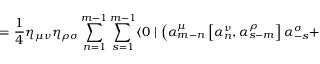
\; \; \; = \frac { 1 } { 4 } { \eta } _ { \mu \nu } { \eta } _ { \rho \sigma } \sum _ { n = 1 } ^ { m - 1 } \sum _ { s = 1 } ^ { m - 1 } \langle 0 \mid \left( { \alpha } _ { m - n } ^ { \mu } \left[ { \alpha } _ { n } ^ { \nu } , { \alpha } _ { s - m } ^ { \rho } \right] { \alpha } _ { - s } ^ { \sigma } + \right.